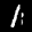
Label: 1